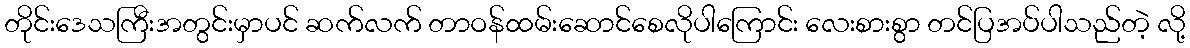
တိုင်းဒေသကြီးအတွင်းမှာပင် ဆက်လက် တာဝန်ထမ်းဆောင်စေလိုပါကြောင်း လေးစားစွာ တင်ပြအပ်ပါသည်တဲ့ လို့